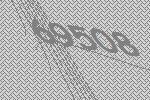
69508